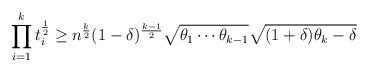
LaTeX: \begin{align*}\prod_{i=1}^k t_i^{\frac12} \ge n^{\frac k2} (1-\delta)^{\frac{k-1}{2}} \sqrt{\theta_1 \cdots \theta_{k-1} }\sqrt{(1+\delta)\theta_k-\delta} \end{align*}